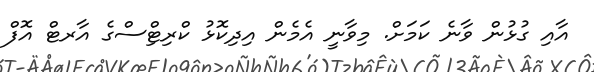
އާއި ގުޅުން ވާނެ ކަމަށް. މިވާނީ އެމެން އިދިކޮޅު ކްރިޓިްސްގެ އާރޓް އޮފް